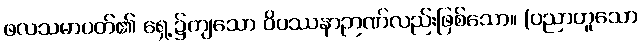
ဖလသမာပတ်၏ ရှေ့၌ကျသော ဝိပဿနာဉာဏ်လည်းဖြစ်သော။ (ပညာဟူသော